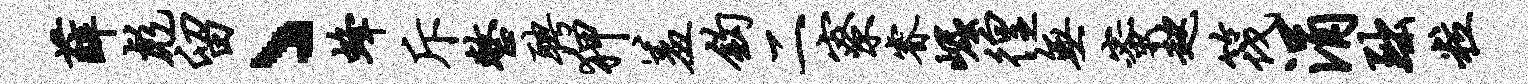
薛彪留丶蜂斥整聘狎羞钩二寮睿崛徨无蜜趑筏涓黜粒